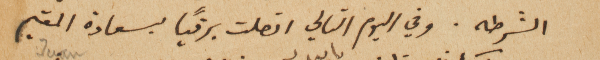
الشرطه. وفي اليوم التالي اتصلت برقيّاً بسعادة المقيم